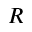
R